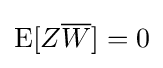
\operatorname {E} [Z{\overline {W}}]=0